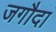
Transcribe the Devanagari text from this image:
जगौदा